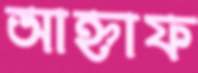
আহ্নাফ